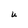
Character: U